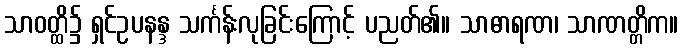
သာဝတ္ထိ၌ ရှင်ဥပနန္ဒ သင်္ကန်းလုခြင်းကြောင့် ပညတ်၏။ သာဓာရဏ၊ သာဏတ္တိက။